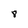
Character: 8